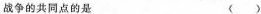
战争的共同点的是 ()